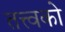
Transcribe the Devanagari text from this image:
तत्त्वको